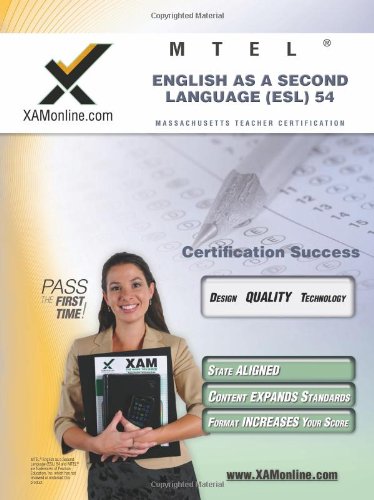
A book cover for MTEL English as a Second Language (ESL) 54 Teacher Certification Test Prep Study Guide (XAM MTEL); Sharon A Wynne; Test Preparation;